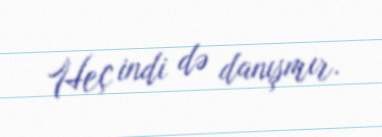
Heç indi də danışmır.